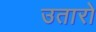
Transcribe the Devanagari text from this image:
उतारो